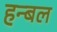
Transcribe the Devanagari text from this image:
हन्बल